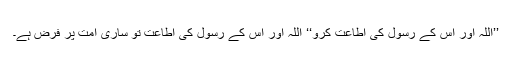
’’اللہ اور اُس کے رسولؐ کی اطاعت کرو‘‘ اللہ اور اس کے رسول کی اطاعت تو ساری امت پر فرض ہے۔